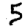
Digit: 5